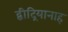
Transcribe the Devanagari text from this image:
द्बीद्रियानाह